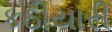
કઠીયારી